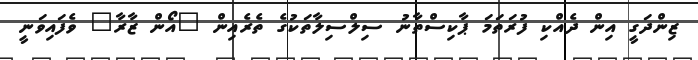
ޒިންދަގީ އިން ދެއްކި ފުރަތަމަ ޕާކިސްތާނު ސިލްސިލާތަކުގެ ތެރެއިން "އޯން ޒާރާ" ވެފައިވަނީ